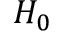
H _ { 0 }